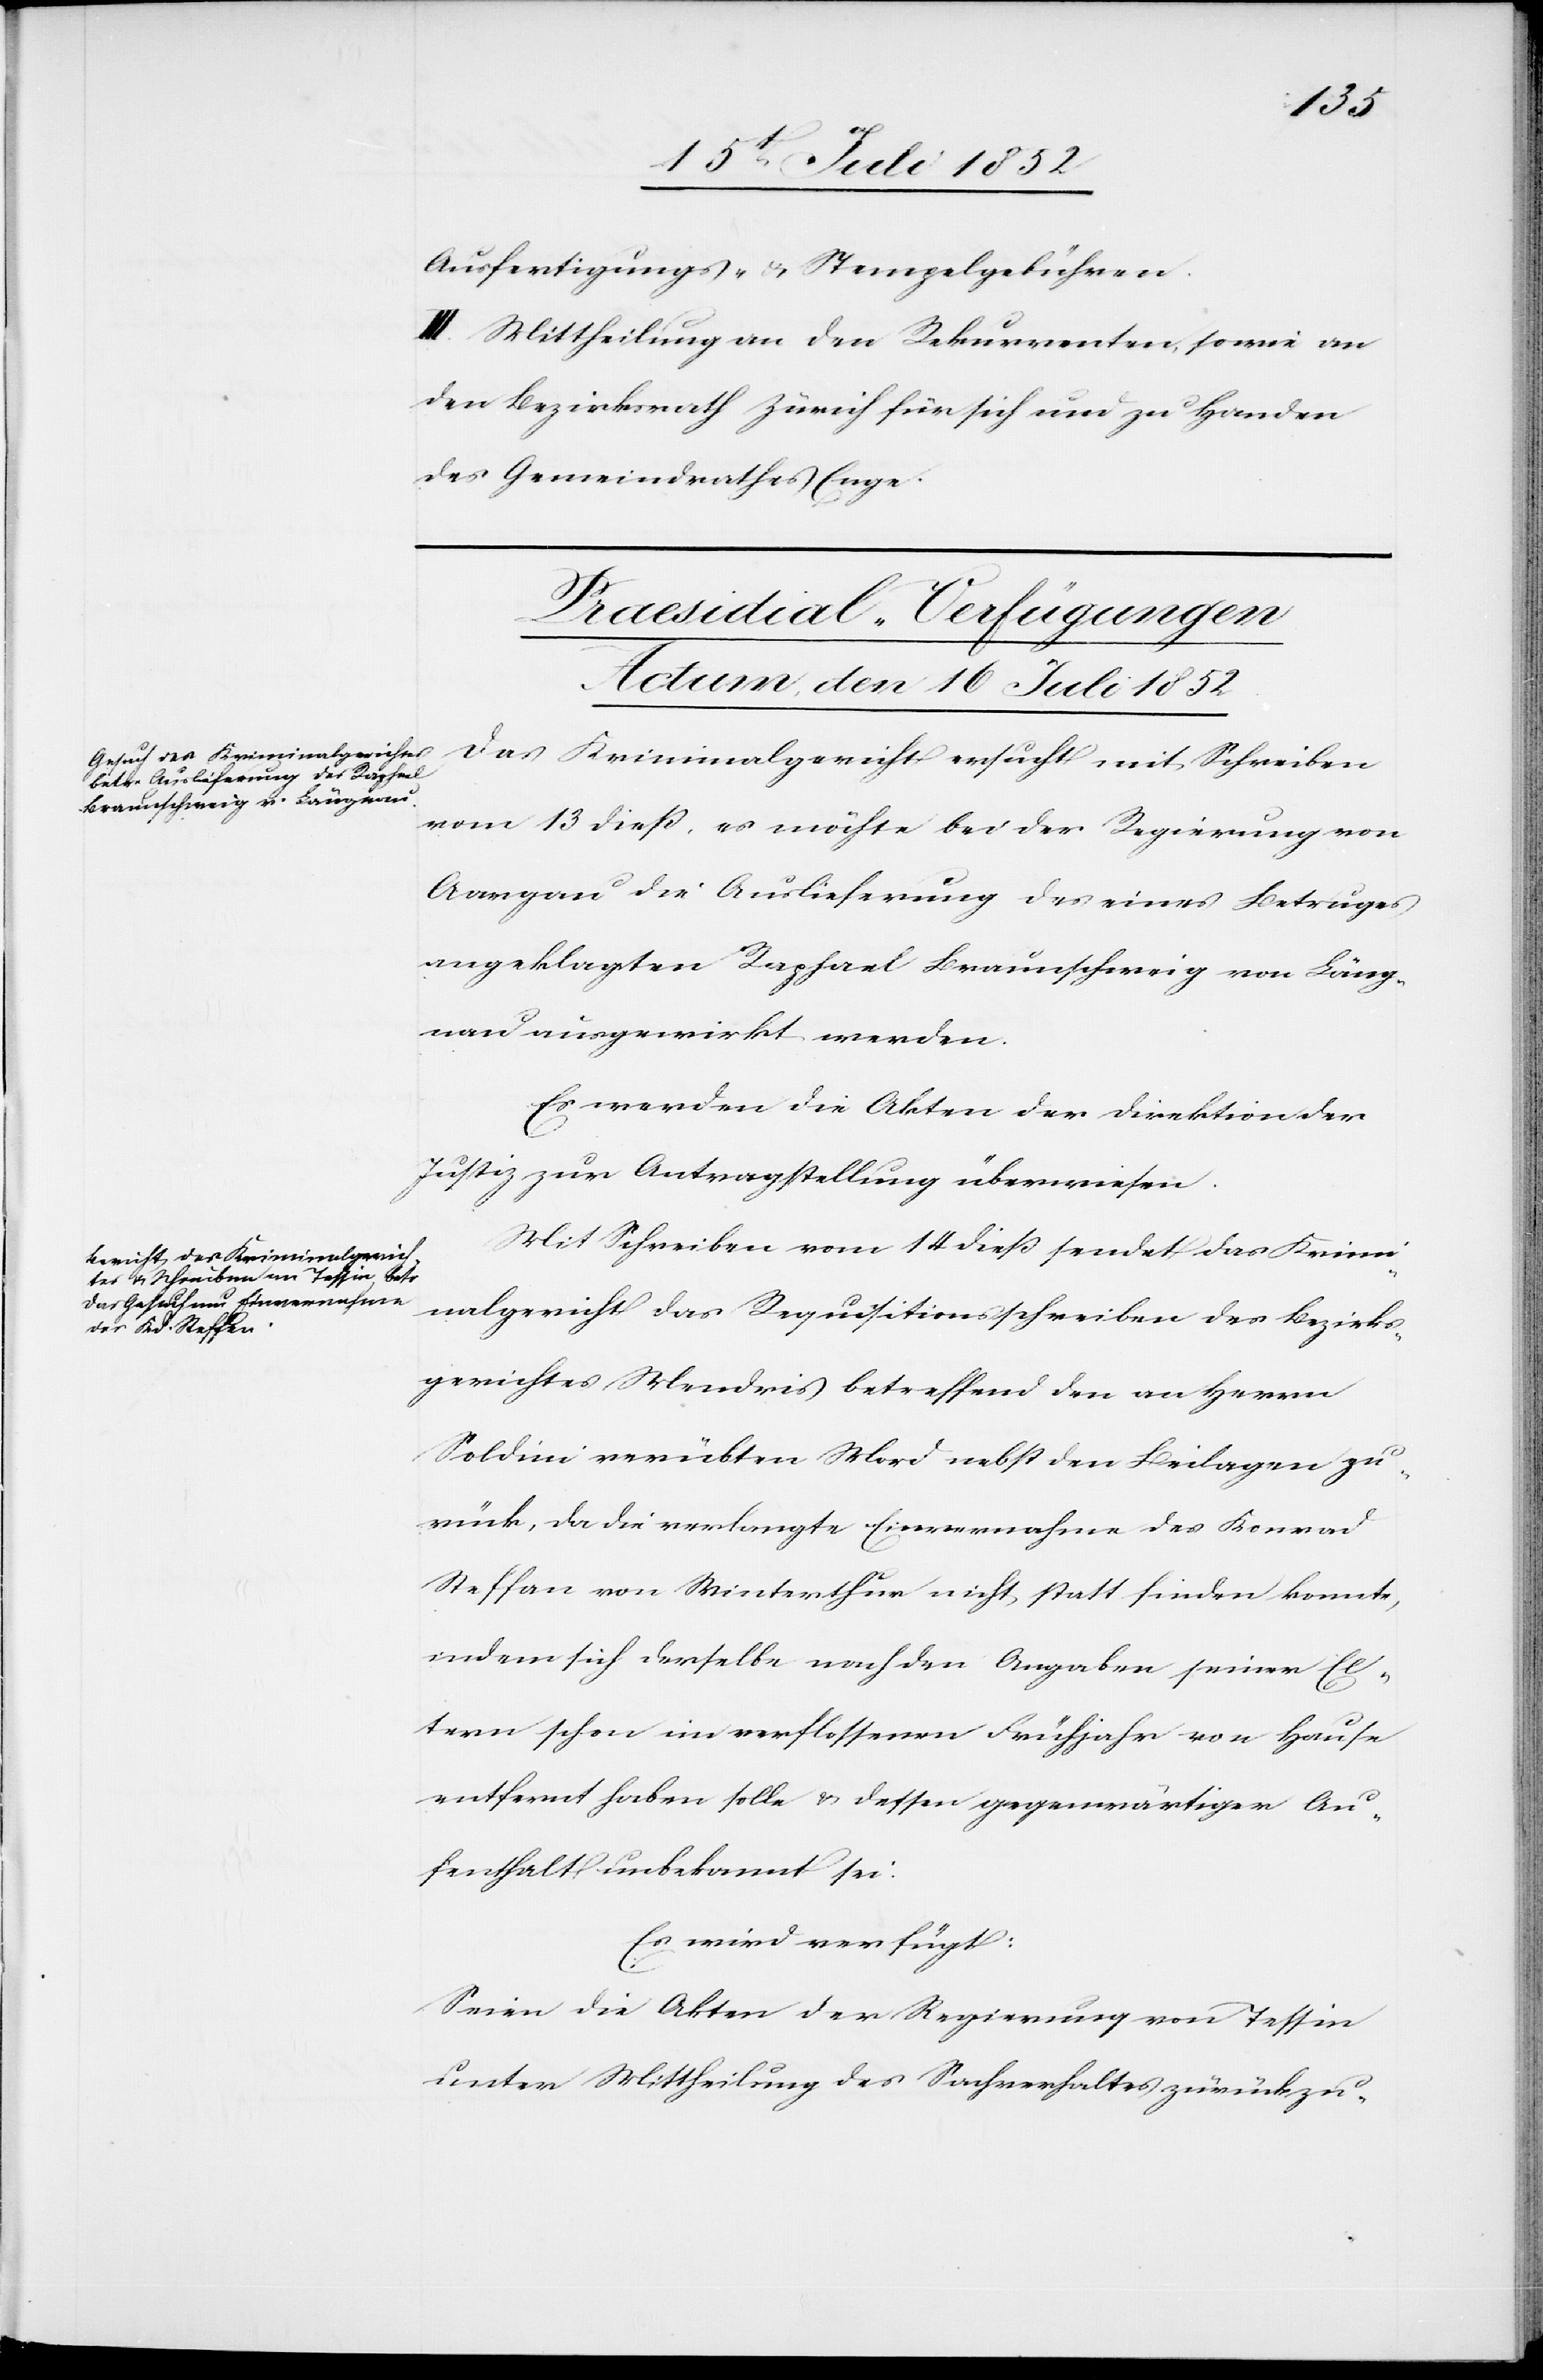
Ausfertigungs- & Stempelgebühren.
III. Mittheilung an den Rekurrenten, sowie an
den Bezirksrath Zürich für sich und zu Handen
des Gemeindrathes Enge.
[Praesidial-Verfügungen
Actum den 16 Juli 1852.]
Das Kriminalgericht ersucht mit Schreiben
vom 13 dieß, es möchte bei der Regierung von
Aargau die Auslieferung des eines Betruges
angeklagten Raphael Braunschweig von Läng¬
nau ausgewirkt werden.
Es werden die Akten der Direktion der
Justiz zur Antragstellung überwiesen.
Mit Schreiben vom 14 dieß sendet das Krimi¬
nalgericht das Requisitionsschreiben des Bezirks¬
gerichtes Mendris[io] betreffend den an Herrn
Soldini verübten Mord nebst den Beilagen zu¬
rück, da die verlangte Einvernahme des Konrad
indem sich derselbe nach den Angaben seiner El¬
tern schon im verflossenen Frühjahr von Hause
entfernt haben solle & dessen gegenwärtiger Au¬
fenthalt unbekannt sei.
Es wird verfügt:
Seien die Akten der Regierung von Tessin
unter Mittheilung des Sachverhaltes zürückzu-